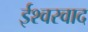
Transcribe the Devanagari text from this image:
ईश्‍वरवाद